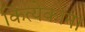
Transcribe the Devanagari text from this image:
कित्येकाना